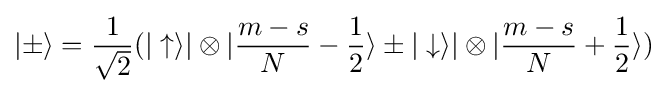
|\pm \rangle ={\frac {1}{\sqrt {2}}}(|\uparrow \rangle |\otimes |{\frac {m-s}{N}}-{\frac {1}{2}}\rangle \pm |\downarrow \rangle |\otimes |{\frac {m-s}{N}}+{\frac {1}{2}}\rangle )